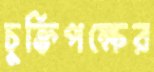
চুক্তিপক্ষের